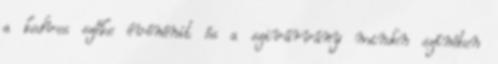
a kedves szőke óvónénit és a szivárvány minden színében